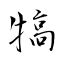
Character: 犒